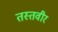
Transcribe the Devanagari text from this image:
तस्तवीर